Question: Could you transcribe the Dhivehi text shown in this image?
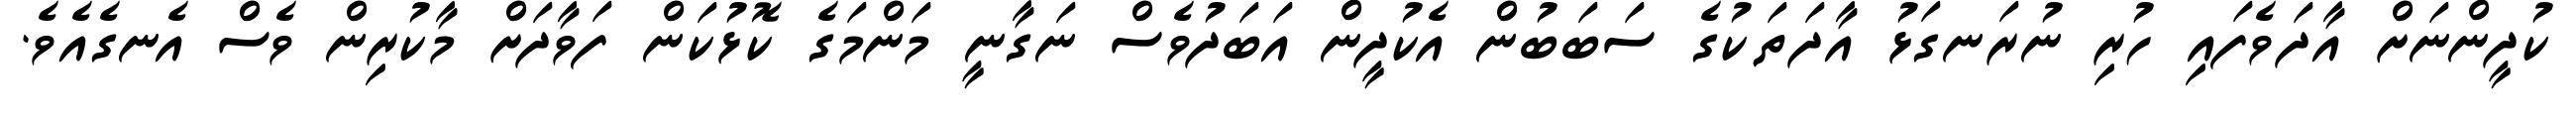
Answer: ކުދީންނަށް އާދަވެފައި ހުރި ނުރަނގަޅު އާދަތަކުގެ ސަބަބުން އެކުދީން އަބަދުވެސް ނަގާނީ މަންމަގެ ކޮޅުކަން ފަވާދަށް މާކުރިން ވެސް އެނގެއެވެ.